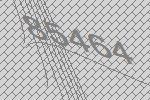
85464